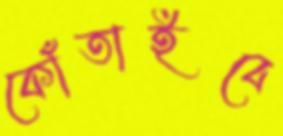
কোঁতাইবে